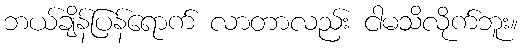
ဘယ်ချိန်ပြန်ရောက် လာတာလည်း ငါမသိလိုက်ဘူး။